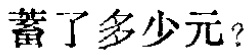
蓄了多少元？